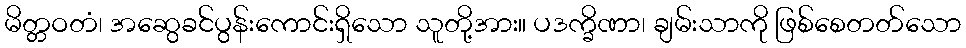
မိတ္တဝတံ၊ အဆွေခင်ပွန်းကောင်းရှိသော သူတို့အား။ ပဒက္ခိဏာ၊ ချမ်းသာကို ဖြစ်စေတတ်သော